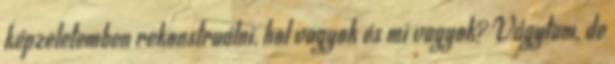
képzeletemben rekonstruálni, hol vagyok és mi vagyok? Vágytam, de